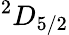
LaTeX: ^2D_{5/2}